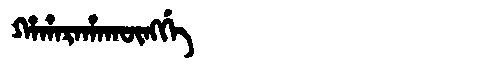
Manchu: ᡥᠠᡥᠠᡵᠠᡥᠠᡴᡡᠩᡤᡝ
Romanization: HAHARAHAKŪNGGE